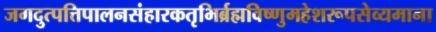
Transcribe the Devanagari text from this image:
जगदुत्पत्तिपालनसंहारकतृभिर्ब्रह्मविष्णुमहेशरूपसेव्यमाना